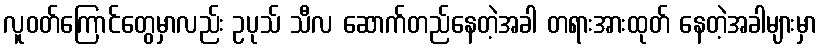
လူဝတ်ကြောင်တွေမှာလည်း ဥပုသ် သီလ ဆောက်တည်နေတဲ့အခါ တရားအားထုတ် နေတဲ့အခါများမှာ